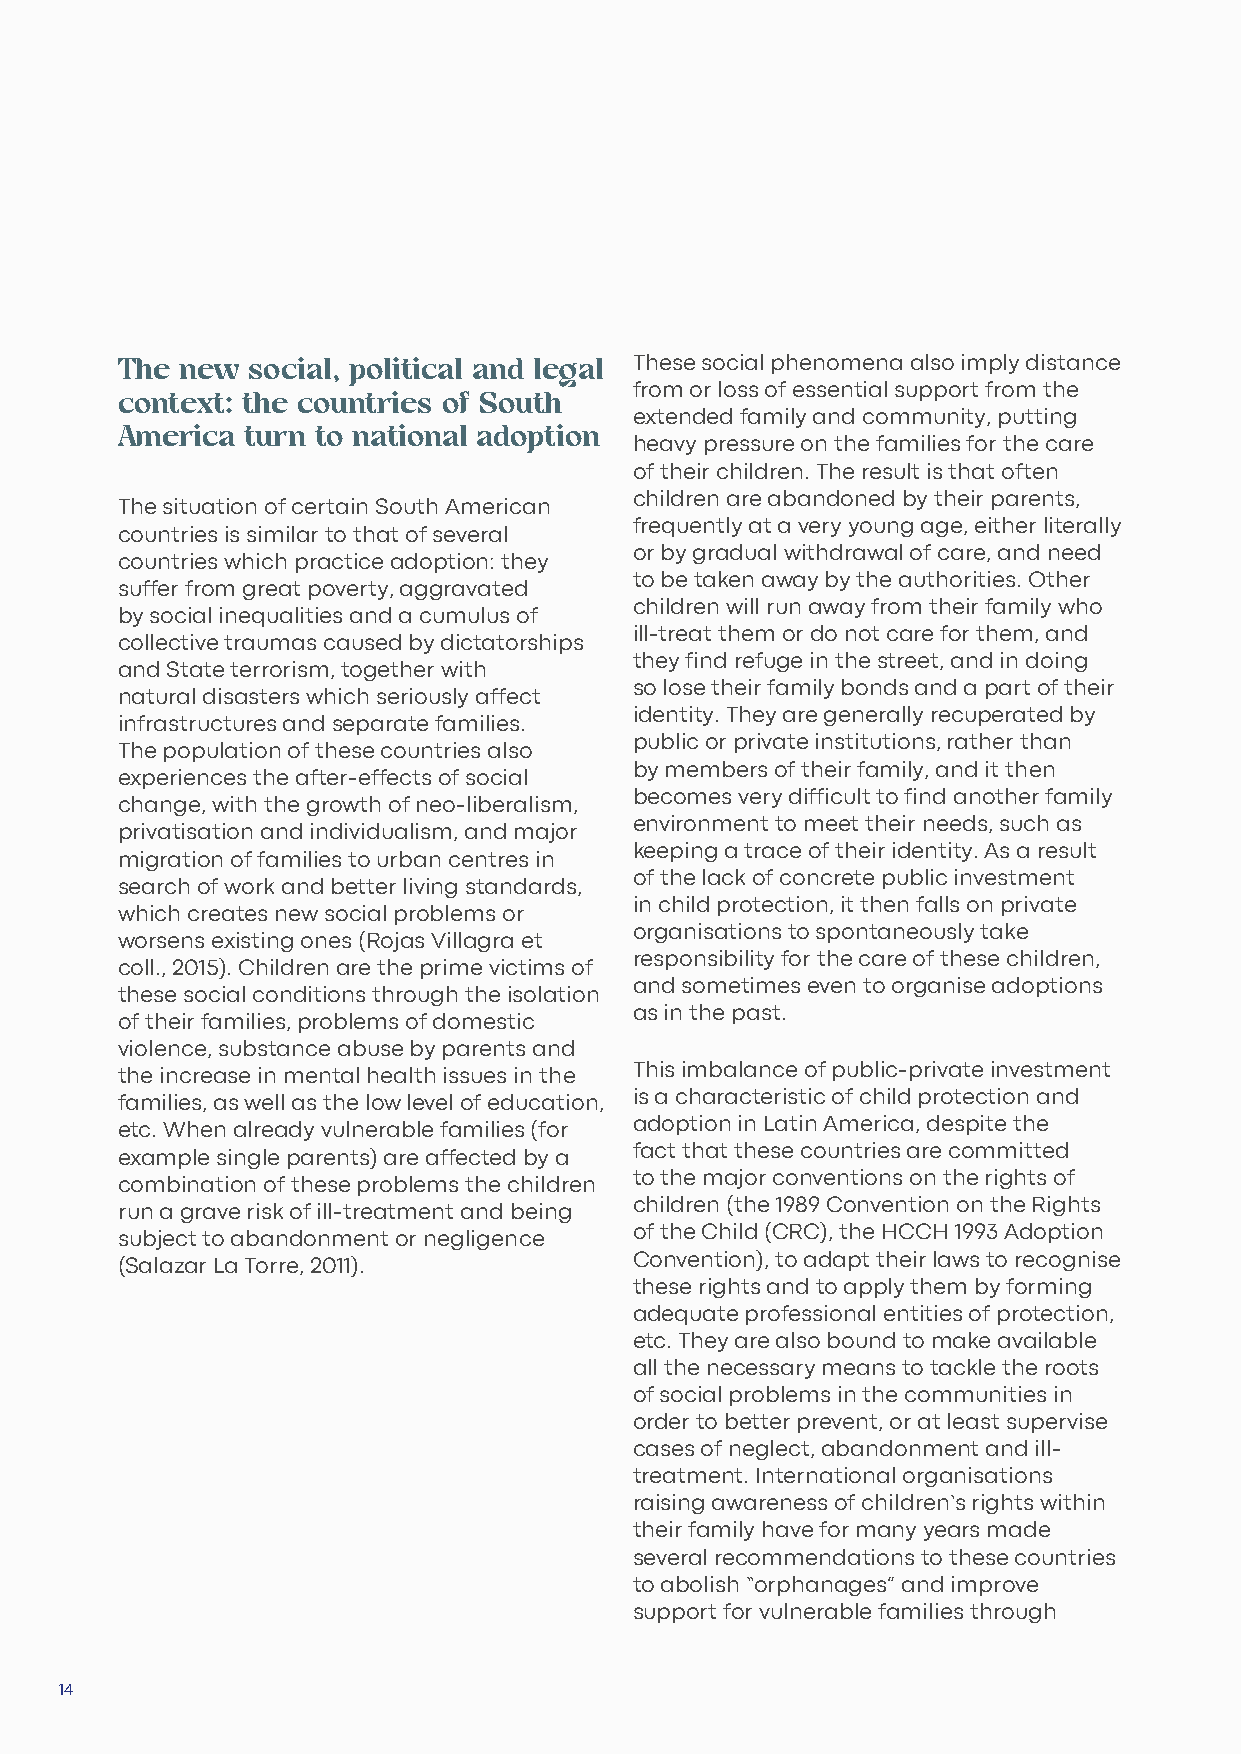
The new social, political and legal These social phenomena also imply distance
 context: the countries of South   from or loss of essential support from the
 extended family and community, putting
 America turn to national adoption
 heavy pressure on the families for the care
 of their children. The result is that often
 children are abandoned by their parents,
 The situation of certain South American
 frequently at a very young age, either literally
 countries is similar to that of several
 or by gradual withdrawal of care, and need
 countries which practice adoption: they
 to be taken away by the authorities. Other
 suffer from great poverty, aggravated
 children will run away from their family who
 by social inequalities and a cumulus of
 ill-treat them or do not care for them, and
 collective traumas caused by dictatorships
 they find refuge in the street, and in doing
 and State terrorism, together with
 so lose their family bonds and a part of their
 natural disasters which seriously affect
 identity. They are generally recuperated by
 infrastructures and separate families.
 public or private institutions, rather than
 The population of these countries also
 by members of their family, and it then
 experiences the after-effects of social
 becomes very difficult to find another family
 change, with the growth of neo-liberalism,
 environment to meet their needs, such as
 privatisation and individualism, and major
 keeping a trace of their identity. As a result
 migration of families to urban centres in
 of the lack of concrete public investment
 search of work and better living standards,
 in child protection, it then falls on private
 which creates new social problems or
 organisations to spontaneously take
 worsens existing ones (Rojas Villagra et
 responsibility for the care of these children,
 coll., 2015). Children are the prime victims of
 and sometimes even to organise adoptions
 these social conditions through the isolation
 as in the past.
 of their families, problems of domestic
 violence, substance abuse by parents and
 This imbalance of public-private investment
 the increase in mental health issues in the
 is a characteristic of child protection and
 families, as well as the low level of education,
 adoption in Latin America, despite the
 etc. When already vulnerable families (for
 fact that these countries are committed
 example single parents) are affected by a
 to the major conventions on the rights of
 combination of these problems the children
 children (the 1989 Convention on the Rights
 run a grave risk of ill-treatment and being
 of the Child (CRC), the HCCH 1993 Adoption
 subject to abandonment or negligence
 Convention), to adapt their laws to recognise
 (Salazar La Torre, 2011).
 these rights and to apply them by forming
 adequate professional entities of protection,
 etc. They are also bound to make available
 all the necessary means to tackle the roots
 of social problems in the communities in
 order to better prevent, or at least supervise
 cases of neglect, abandonment and ill-
 treatment. International organisations
 raising awareness of children’s rights within
 their family have for many years made
 several recommendations to these countries
 to abolish “orphanages” and improve
 support for vulnerable families through
 14